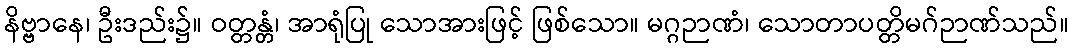
နိဗ္ဗာနေ၊ ဦးဒည်း၌။ ဝတ္တန္တံ၊ အာရုံပြု သောအားဖြင့် ဖြစ်သော။ မဂ္ဂဉာဏံ၊ သောတာပတ္တိမဂ်ဉာဏ်သည်။